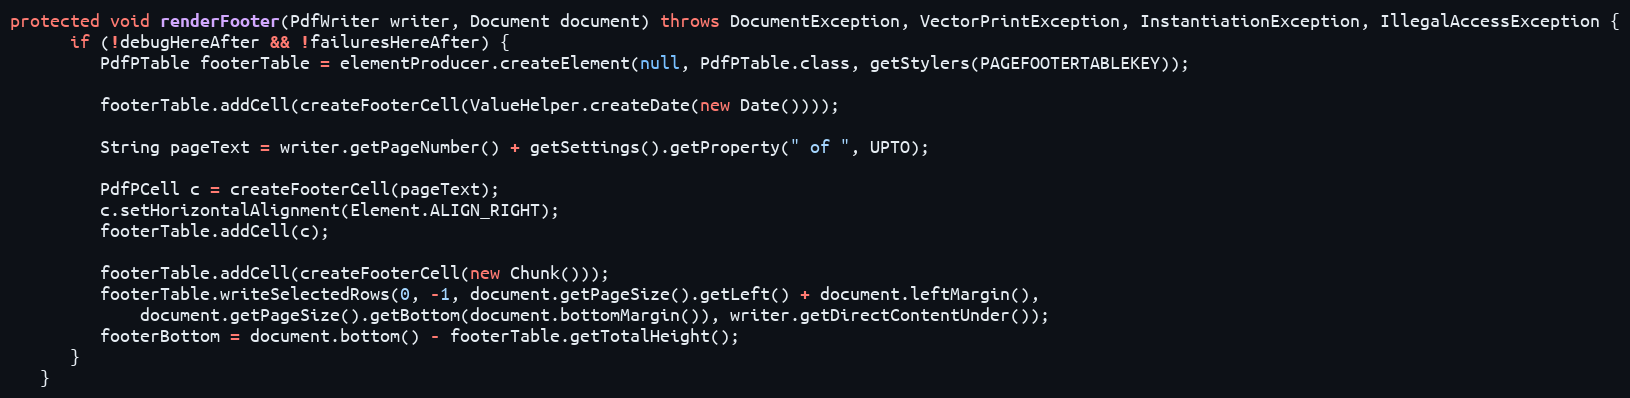
Language: Java
protected void renderFooter(PdfWriter writer, Document document) throws DocumentException, VectorPrintException, InstantiationException, IllegalAccessException {
      if (!debugHereAfter && !failuresHereAfter) {
         PdfPTable footerTable = elementProducer.createElement(null, PdfPTable.class, getStylers(PAGEFOOTERTABLEKEY));

         footerTable.addCell(createFooterCell(ValueHelper.createDate(new Date())));

         String pageText = writer.getPageNumber() + getSettings().getProperty(" of ", UPTO);

         PdfPCell c = createFooterCell(pageText);
         c.setHorizontalAlignment(Element.ALIGN_RIGHT);
         footerTable.addCell(c);

         footerTable.addCell(createFooterCell(new Chunk()));
         footerTable.writeSelectedRows(0, -1, document.getPageSize().getLeft() + document.leftMargin(),
             document.getPageSize().getBottom(document.bottomMargin()), writer.getDirectContentUnder());
         footerBottom = document.bottom() - footerTable.getTotalHeight();
      }
   }